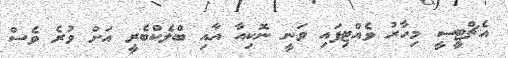
އެޗްޓީސީ މިހާރު ވެއްޓިފައި ވަނީ ނޮކިއާ އާއި ބްލެކްބެރީ އަށް ވުރެ ވެސް